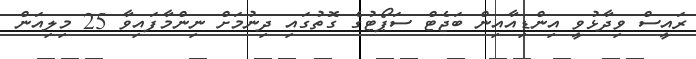
ރައީސް ވިދާޅުވީ އިންޑިއާއިން ބަޖެޓް ސަޕޯޓުގެ ގޮތުގައި ދިނުމަށް ނިންމާފައިވާ 25 މިލިއަން